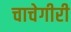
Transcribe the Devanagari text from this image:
चाचेगीरी